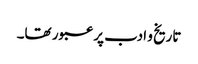
تاریخ و ادب پر عبور تھا۔